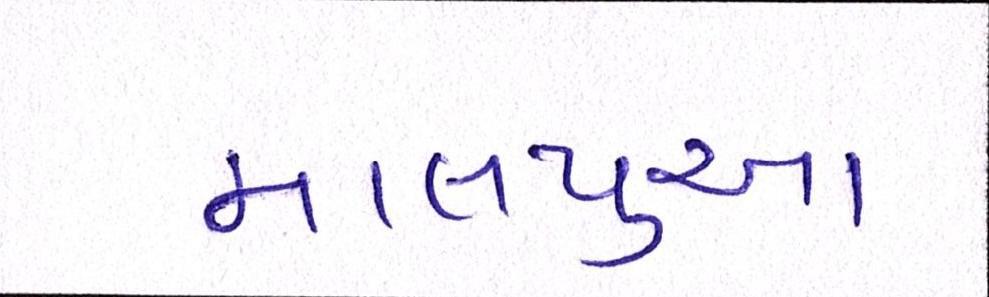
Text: માલપુઆ